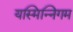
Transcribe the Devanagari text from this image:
यस्मिन्निगम